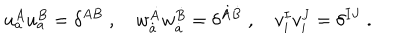
u _ { a } ^ { A } u _ { a } ^ { B } = \delta ^ { A B } \; , \quad w _ { \dot { a } } ^ { \dot { A } } w _ { \dot { a } } ^ { \dot { B } } = \delta ^ { \dot { A } \dot { B } } \; , \quad v _ { i } ^ { I } v _ { i } ^ { J } = \delta ^ { I J } \; .